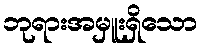
ဘုရားအမှူးရှိသော